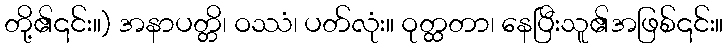
တို့၏၎င်း။) အနာပတ္တိ၊ ဝဿံ၊ ပတ်လုံး။ ဝုတ္ထတာ၊ နေပြီးသူ၏အဖြစ်၎င်း။